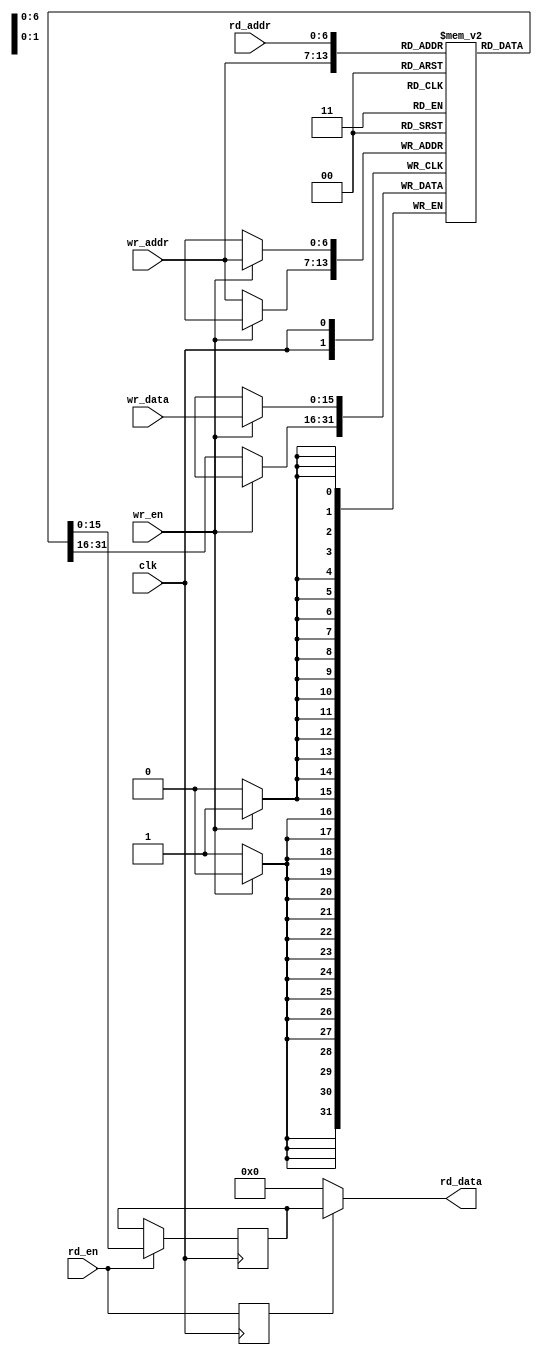
module dual_port_ram#(
    parameter RAM_WIDTH = 16,
    parameter ADDR_LINE = 7
)
(
    clk,
    wr_en,
    rd_en,
    wr_data,
    rd_data,
    wr_addr,
    rd_addr
);
// ********************************************
//                                             
//    Input/Output DECLARATION                    
//                                             
// ********************************************
    input                       clk;          // clock in
    input                       rd_en;        // data output enable, high active
    input                       wr_en;        // write enable, high active
    input   [ADDR_LINE-1:0]     wr_addr;      // wr address input
    input   [ADDR_LINE-1:0]     rd_addr;      // rd address input
    input   [RAM_WIDTH-1:0]     wr_data;      // data input
    output  [RAM_WIDTH-1:0]     rd_data;      // data output
// ********************************************
    reg     [RAM_WIDTH-1:0]     memory[(1<<ADDR_LINE)-1:0];
    reg     [RAM_WIDTH-1:0]     data_r;	
    reg                         rd_en_d1;

//
always @(posedge clk)begin
    if (wr_en)
        memory[wr_addr] <= wr_data;
    else
        memory[wr_addr] <= memory[wr_addr];
end

always @(posedge clk) begin
    rd_en_d1 <= rd_en;
end

//
always @(posedge clk)begin
    if (rd_en)
        data_r <= memory[rd_addr];
    else
        data_r <= data_r;
end
    
assign rd_data = rd_en_d1 ? data_r : 1'b0;

endmodule